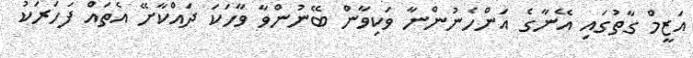
އަޒީމް ގާތުގައި އޭނާގެ އަންހެނުންނާ ވަކިވާން ބޭނުންވާ ވާހަކަ ދައްކާށޭ އެތައް ފަހަރަކު